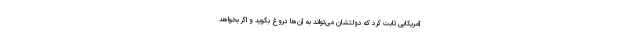
آمریکایی ثابت کرد که دولتشان می‌تواند به آن‌ها دروغ بگوید و اگر بخواهد